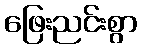
ဖြေးညင်းစွာ